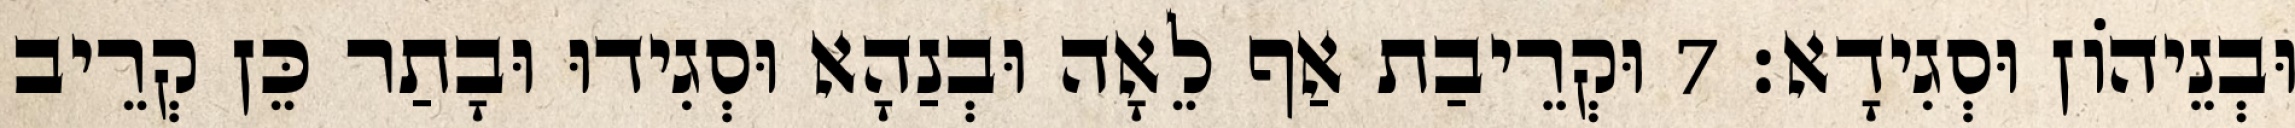
וּבְנֵיהוֹן וּסְגִידָא׃ 7 וּקְרֵיבַת אַף לֵאָה וּבְנַהָא וּסְגִידוּ וּבָתַר כֵּן קְרֵיב